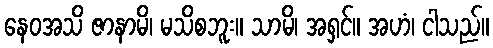
နေဝအသိ ဇာနာမိ၊ မသိစဘူး။ သာမိ၊ အရှင်။ အဟံ၊ ငါသည်။